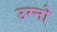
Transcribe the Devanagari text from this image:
उम्नो